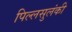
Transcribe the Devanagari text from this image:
पिल्लसुलंकी